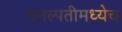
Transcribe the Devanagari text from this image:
वनस्पतीमध्येच